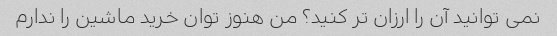
نمی توانید آن را ارزان تر کنید؟ من هنوز توان خرید ماشین را ندارم